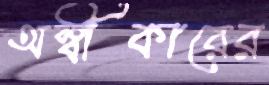
অস্বীকারের